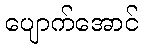
ပျောက်အောင်